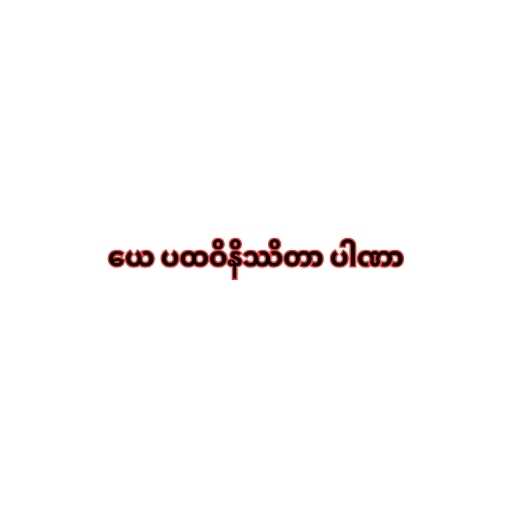
ယေ ပထဝိနိဿိတာ ပါဏာ